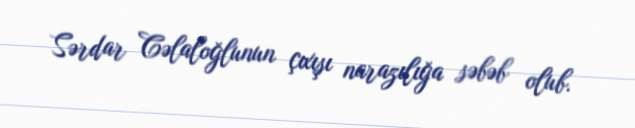
Sərdar Cəlaloğlunun çıxışı narazılığa səbəb olub.